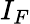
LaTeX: I_{F}